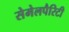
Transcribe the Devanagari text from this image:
सेमेलपैरिटी